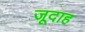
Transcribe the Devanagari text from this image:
जूदाह